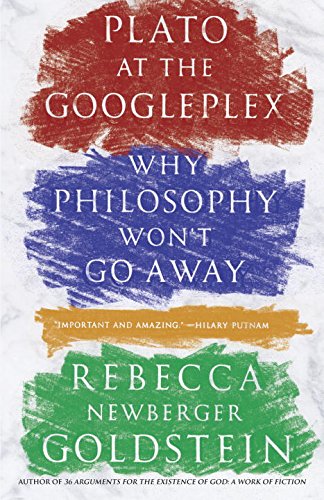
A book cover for Plato at the Googleplex: Why Philosophy Won't Go Away; Rebecca Goldstein; Politics & Social Sciences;